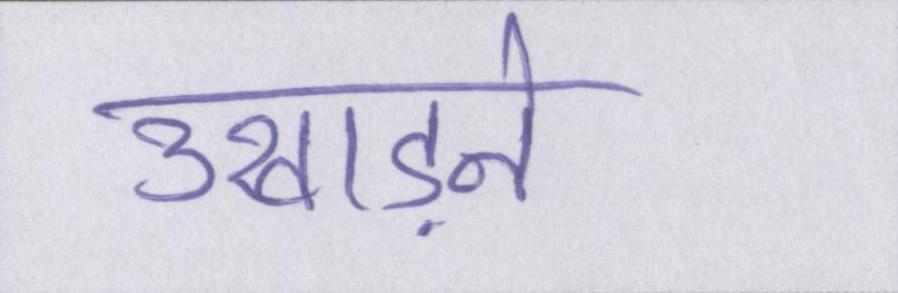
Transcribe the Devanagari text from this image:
उखाड़ने